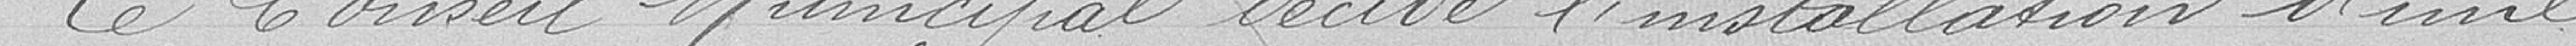
Le Conseil Municipal décide l'installation d'une